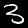
Label: 3